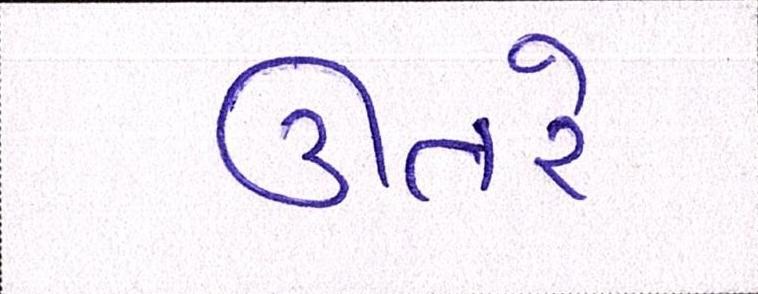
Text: ઊતરે